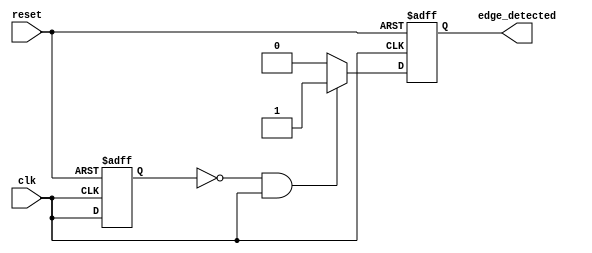
module rising_edge_detector (
    input wire clk,            // Input clock signal to be monitored
    input wire reset,          // Asynchronous reset signal
    output reg edge_detected    // Output signal indicating a rising edge
);

    reg prev_state;            // Previous state of the input clock signal

    always @(posedge clk or posedge reset) begin
        if (reset) begin
            prev_state <= 1'b0; // Reset previous state to 0
            edge_detected <= 1'b0; // Reset edge_detected to 0
        end else begin
            // Edge detection logic
            edge_detected <= (prev_state == 1'b0 && clk == 1'b1) ? 1'b1 : 1'b0;
            prev_state <= clk; // Update previous state with current clock state
        end
    end

endmodule